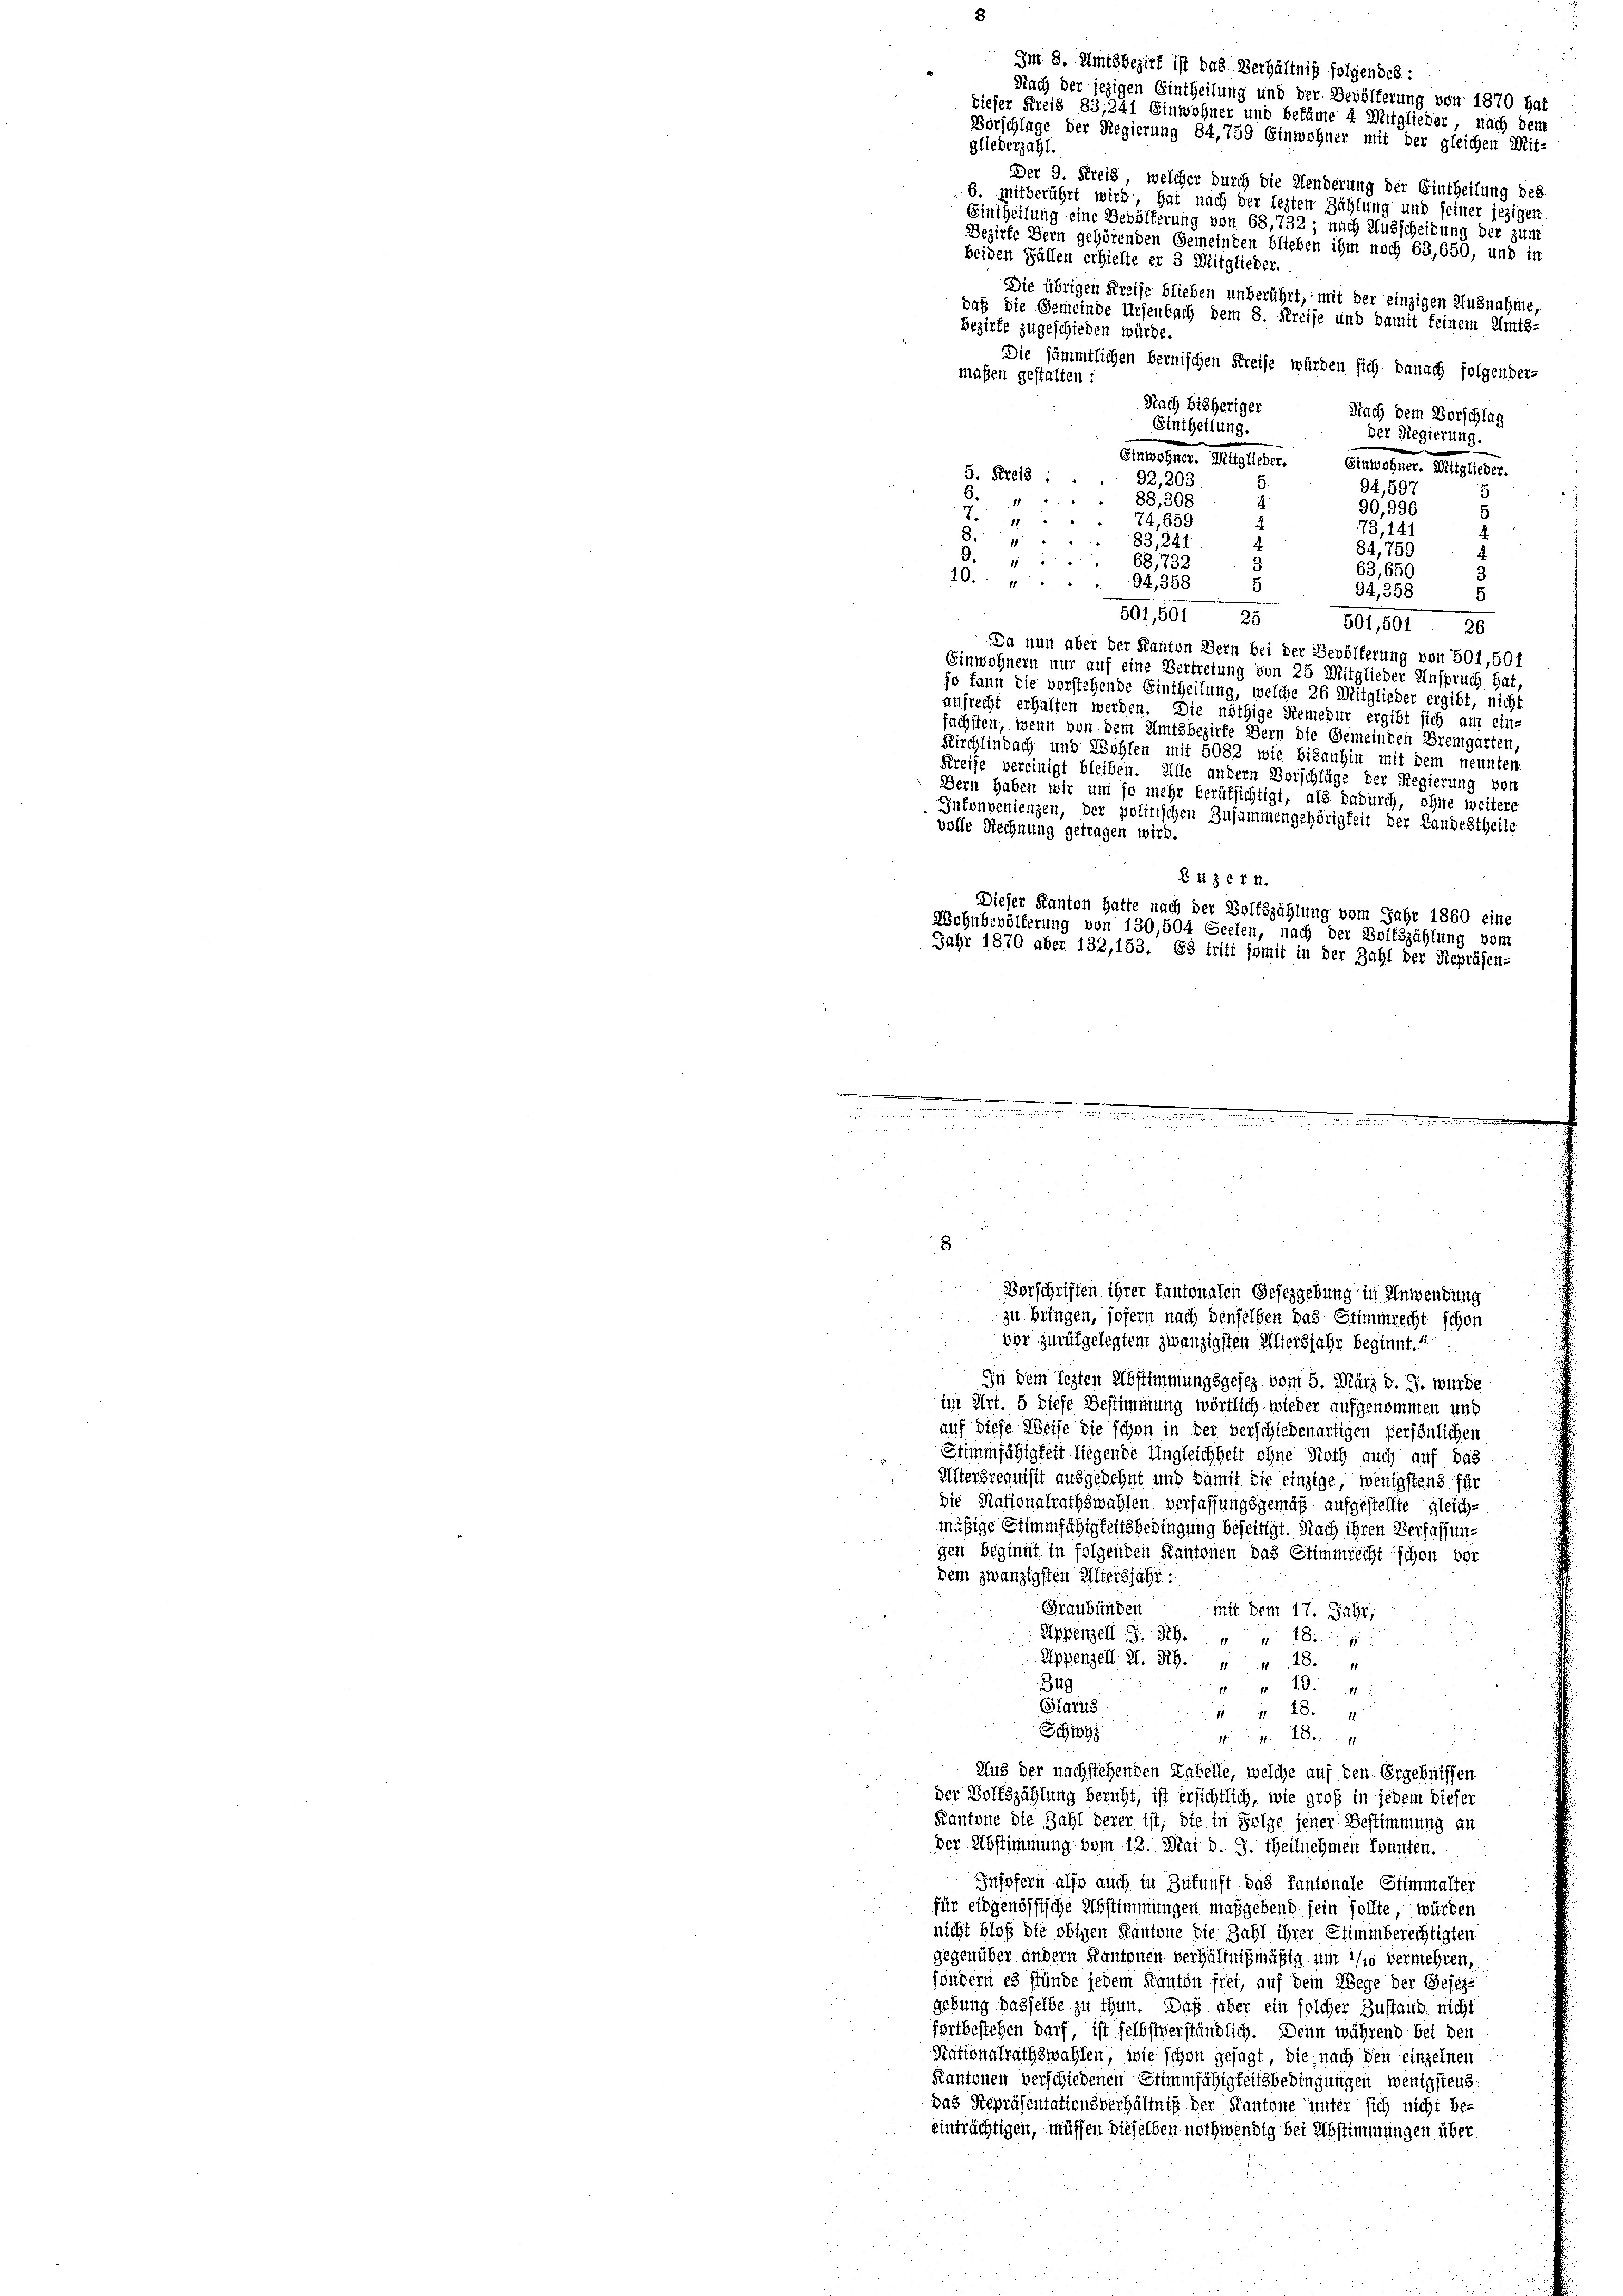
4
73, 141
4
8
83, 241
84,759
.
1
68,732
63,650
3
10.
94,358
94,358
5
501,501 25
501,501 26
Da nun aber der Kanton Bern bei der Bevölferung von 501,50f
Einwohnern nur auf eine Vertretung von 25 Mitglieder Anspruch hat,
jo kann die vorstehende Eintheilung, welche 26 Mitglieder ergibt, nicht
aufrecht erhalten werden. Die nöthige Remedur ergibt sich am ein-
fächsten, wenn von dem Amtsbezirke Bern die Gemeinden Bremgarten,
Kirchlindach und Wohlen mit 5082 wie bisanhin mit dem neunten
Kreise vereinigt bleiben. Alle andern Vorschläge der Regierung vor
Dern haben wir um so mehr berufsichtigt, als dadurch, ohne weitere
Inkonvenienzen, der politischen Zusammengehörigkeit der Landestheile
volle Rechnung getragen wird.
Luzern.
Dieser Kanton hatte nach der Wolfszählung vom Jahr 1860 eine
Wohnbevölkerung von 130,504 Seelen, nach der Bolkszählung vom
Jahr 1870 aber 132,153. 68 tritt somit in der Zahl der Repräsen-

Nach der jezigen Eintheilung und der Bevölkerung von 1870 hat
dieser Kreis 83,241 Einwohner und bekäme 4 Mitglieder, nach dem
Vorschlage der Regierung 84,759 Einwohner mit der gleichen Mit-
gliederzahl.
Der 9. Kreis, welcher durch die Aenderung der Eintheilung des
6. mitberührt wird, hat nach der lezten Zählung und seiner jezigen
Eintheilung eine Bevölkerung von 68,732; nach Ausscheidung der zum
Bezirke Bern gehörenden Gemeinden blieben ihm noch 63,650, und in
beiden Fällen erhielte er 3 Mitglieder.
Die übrigen Kreise blieben unberührt, mit der einzigen Ausnahme
daß die Gemeinde Ursenbach dem 8. Kreise und damit feinem Amts-
Bezirke zugeschieden würde.
Die sämmtlichen Bernischen Kreise würden sich danach folgender-
maßen gestalten:
Nach bisheriger
Nach dem Vorschlag
Eintheilung.
der Regierung.
Einwohner. Mitglieder.
Einwohner. Mitglieder.
5. Kreis
92,203
5.
94,597
88, 308
7
90,996
5
7.
74,659

8

Im 8. Amtsbezirk ist das Verhältniß folgendes:

Vorschriften ihrer Kantonalen Gesezgebung in Anwendung
zu bringen, sofern nach denselben das Stimmrecht schon
vor zurükgelegtem zwanzigsten Altersjahr beginnt. 1

2
In dem lezten Abstimmungsgesez vom 5. März d. J. wurde
Ein Art. 5 diese Bestimmung wörtlich wieder aufgenommen und
auf diese Weise die schon in der verschiedenartigen persönlichen
Stimmfähigkeit liegende Ungleichheit ohne Noth auch auf das
Altersrequisit ausgedehnt und damit die einzige, wenigstens für
die Nationalrathswahlen verfassungsgemäß aufgestellte gleich-
mäßige Stimmfähigkeitsbedingung beseitigt. Nach ihren Verfassung
gen Beginnt in folgenden Kantonen das Stimmrecht schon vor
dem zwanzigsten Altersjahr.
Graubünden
mit dem 17. Jahr,
Appenzell. J. RG. 1181
Appenzell A. R. 418.
349

Glarus
418.
Schwyz

Aus der nachstehenden Labelle, welche auf den Ergebnissen
der Bolfszählung beruht, ist ersichtlich, wie groß in jedem dieser
Kantone die Zahl derer ist, die in Folge jener Bestimmung an
der Abstimmung vom 12. Mai d. J. theilnehmen konnten.
Insofern also auch in Zukunft das kantonale Stimmalter
für eidgenössische Abstimmungen maßgebend sein sollte, würden
nicht bloß die obigen Kantone die Zahl ihrer Stimmberechtigten
gegenüber andern Kantonen verhältnißmäßig um so vermehren,
söndern es stünde jedem Kanton frei, auf dem Wege der Gesezgebung dasselbe zu thun. Daß aber ein solcher Zustand nicht
fortbestehen darf, ist selbstverständlich. Denn während bei den
Rationalrathswahlen, wie schon gesagt, die nach den einzelnen
Kantonen verschiedenen Stimmfähigkeitsbedingungen wenigstens
das Repräsentationsverhältniß der Kantone unter sich nicht be-
einträchtigen, müssen dieselben nothwendig bei Abstimmungen über